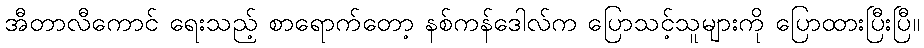
အီတာလီကောင် ရေးသည့် စာရောက်တော့ နစ်ကန်ဒေါလ်က ပြောသင့်သူများကို ပြောထားပြီးပြီ။